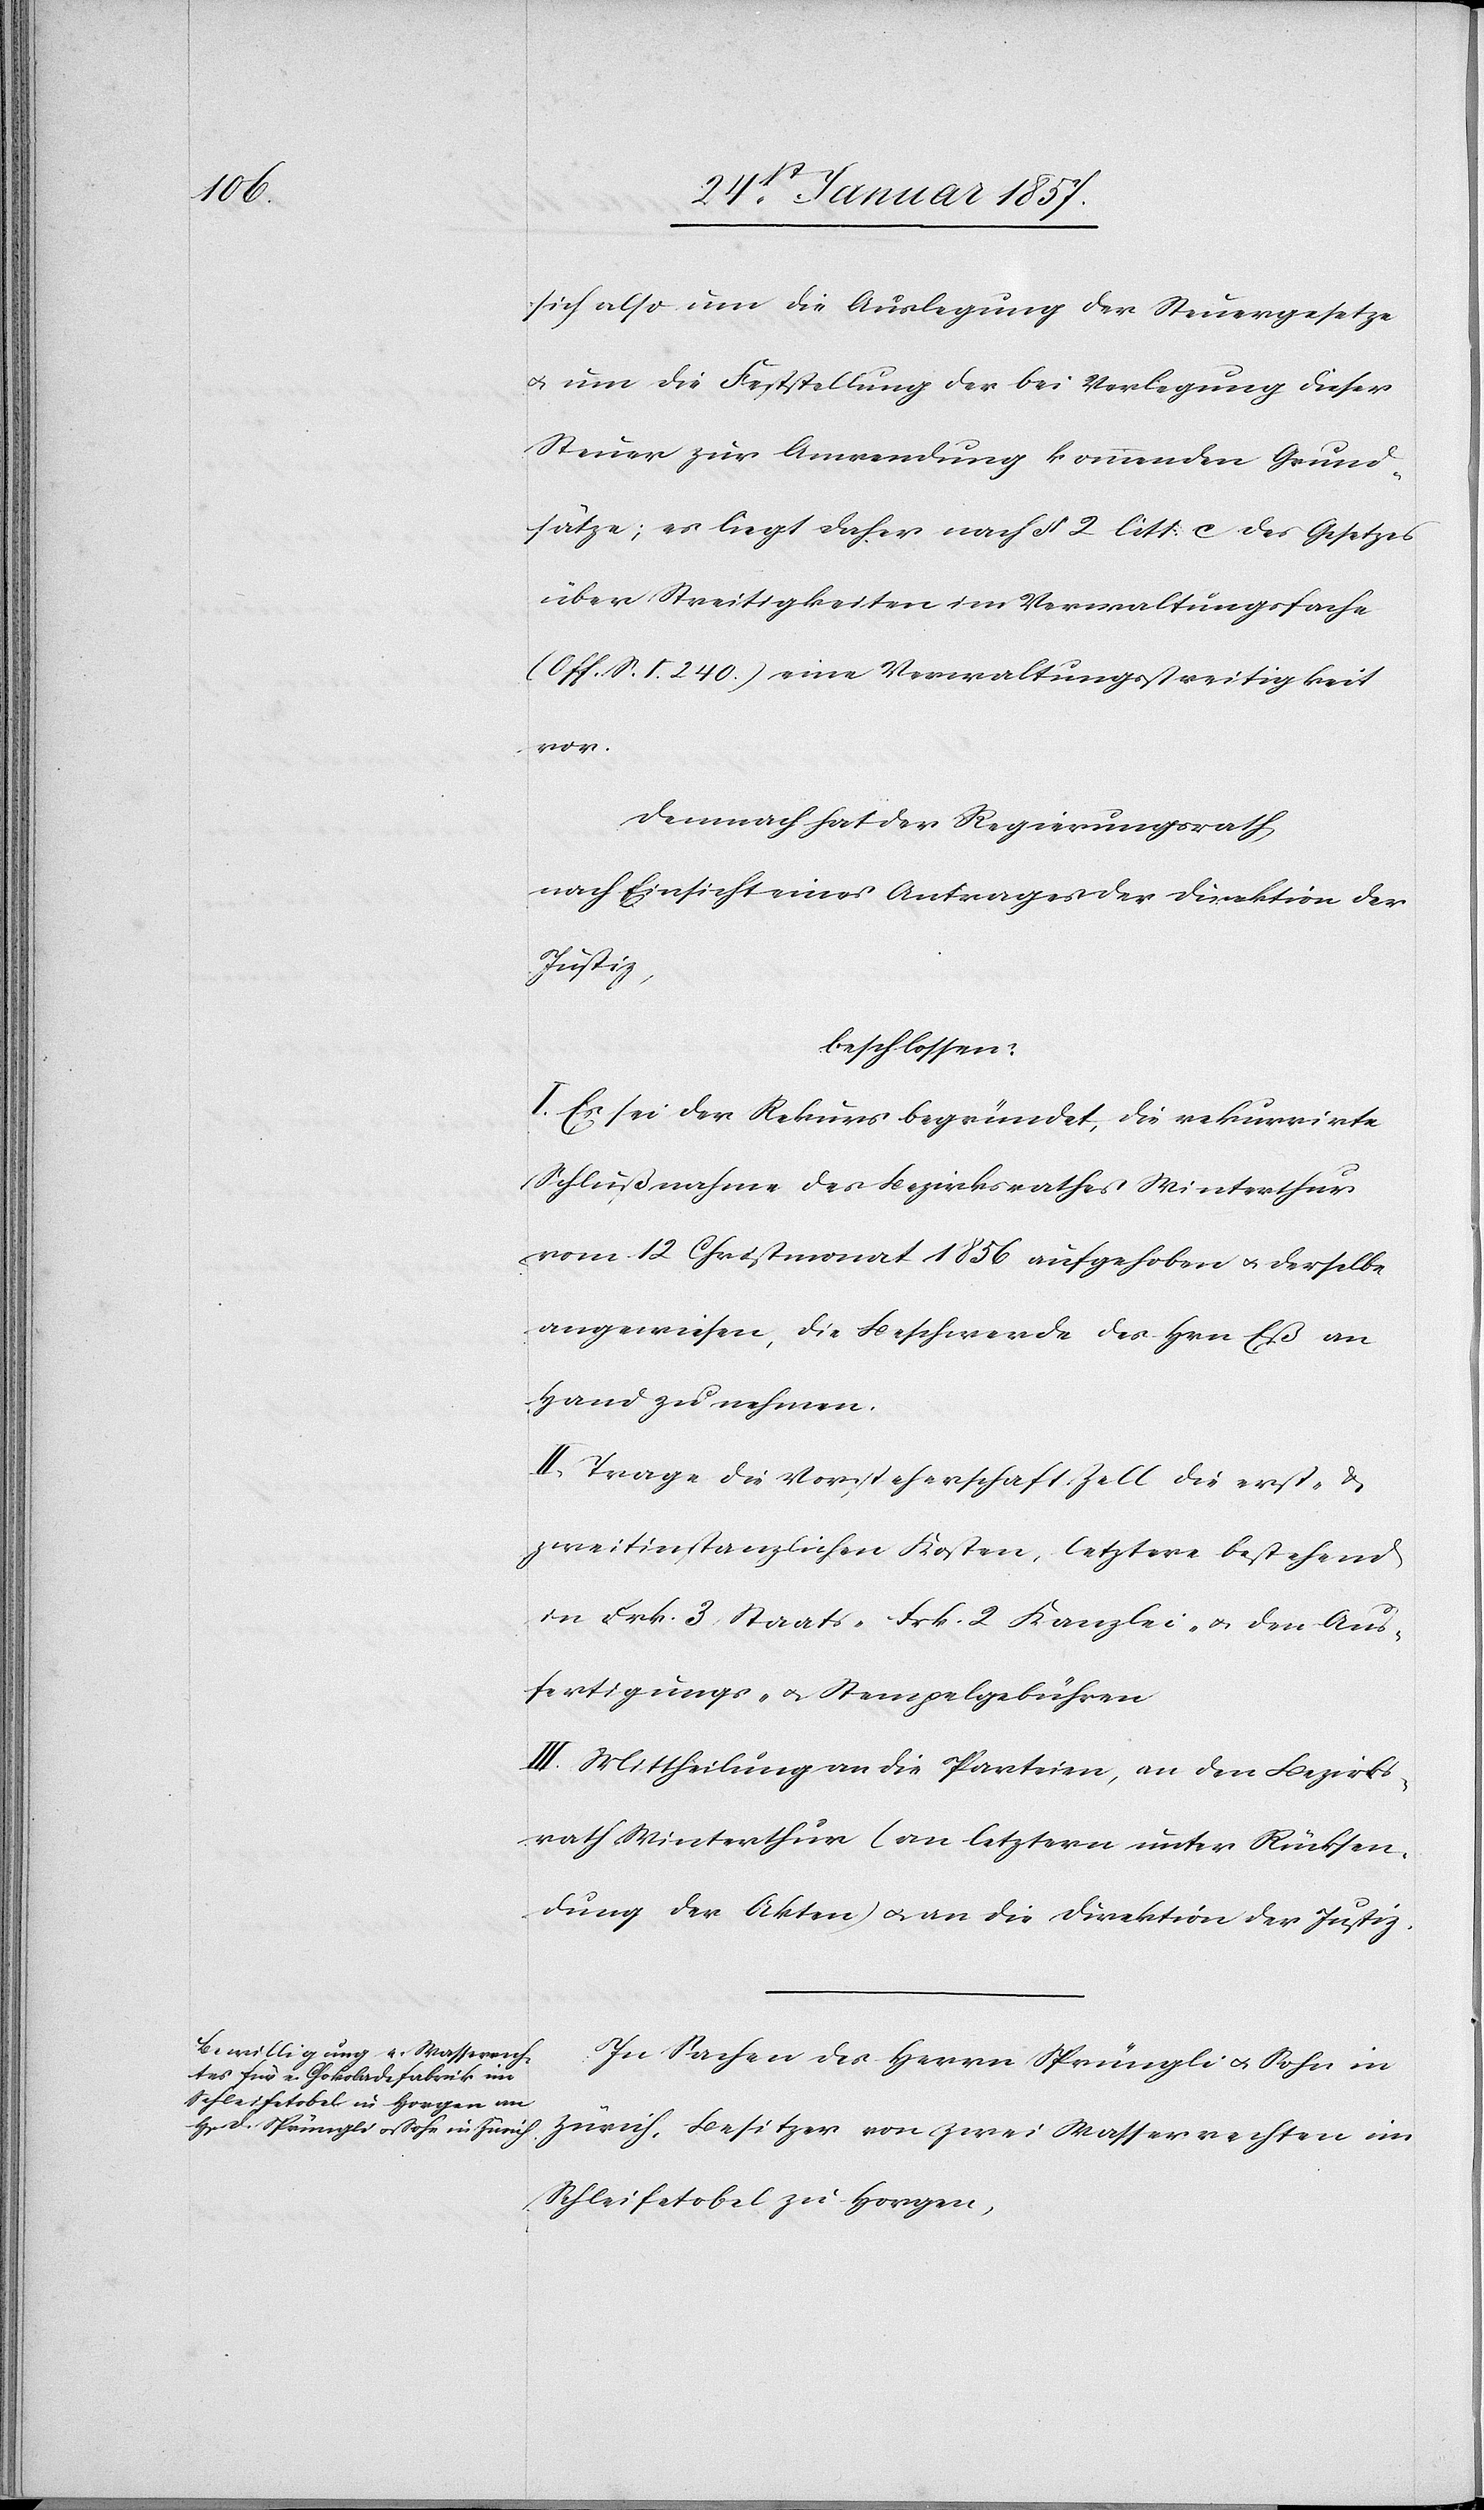
sich also um die Auslegung der Steuergesetze
& um die Fststellung der bei Verlegung dieser
Steuer zur Anwendung kommenden Grund¬
sätze; es liegt daher nach § 2 litt. c des Gesetzes
über Streitigkeiten im Verwaltungsfache
(Off. S. 240.) eine Verwaltungsstreitigkeit
vor.
Demnach hat der Regierungsrath,
nach Einsicht eines Antrages der Direktion der
Justiz,
beschlossen:
I. Es sei der Rekurs begründet, die rekurrirte
Schlußnahme des Bezirksrathes Winterthur
vom 12 Christmonat 1856 aufgehoben & derselbe
angewiesen, die Beschwerde des Hrn Eß an
Hand zu nehmen.
II. Trage die Vorsteherschaft Zell die erst- &
zweitinstanzlichen Kosten, letztere bestehend
in Frk. 3 Staats- Frk. 2 Kanzlei- & den Aus¬
fertigungs- & Stempelgebühren
III. Mittheilung an die Parteien, an den Bezirks¬
rath Winterthur (an letztern unter Rücksen¬
dung der Akten) & an die Direktion der Justiz.
In Sachen des Herrn Sprüngli & Sohn in
Zürich, Besitzer von zwei Wasserrechten im
Schleifetobel zu Horgen,